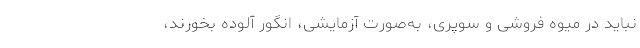
نباید در میوه فروشی و سوپری، به‌صورت آزمایشی، انگور آلوده بخورند،